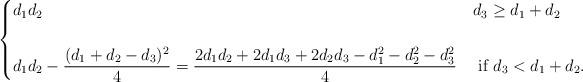
LaTeX: \begin{align*} \begin{cases} d_1d_2 & d_3\ge d_1+d_2 \\ \\ \displaystyle d_1d_2-\frac{(d_1+d_2-d_3)^2}{4} = \frac{2d_1d_2+2d_1d_3+2d_2d_3 -d_1^2-d_2^2-d_3^2}{4} & \text{ if } d_3< d_1+d_2. \end{cases} \end{align*}